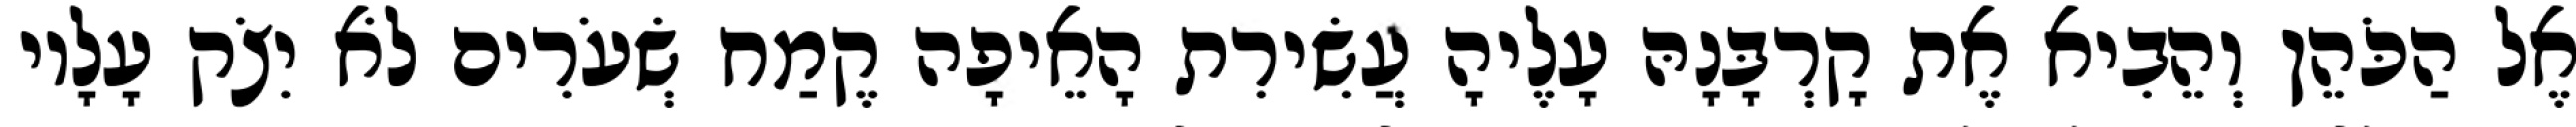
אֶל הַכֹּהֵן וְהֵבִיא אֶת קָרְבָּנָהּ עָלֶיהָ עֲשִׂירִת הָאֵיפָה קֶמַח שְׂעֹרִים לֹא יִצֹק עָלָיו